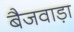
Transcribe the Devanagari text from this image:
बैजवाड़ा